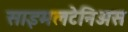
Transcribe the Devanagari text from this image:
साइमलटेनिअस